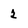
Character: 2